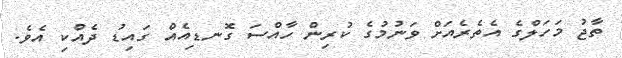
ތާޖު މަހަލްގެ އެތެރެއަށް ވަނުމުގެ ކުރިން ހާއްސަ ގޮނޑިއެއް ގައިޑު ދެއްކި އެވެ.